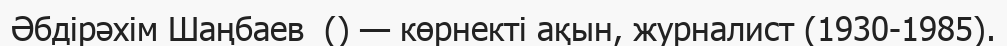
Әбдірәхім Шаңбаев  () — көрнекті ақын, журналист (1930-1985).